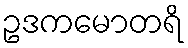
ဥဒကမောတရိ